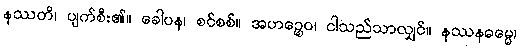
နဿတိ၊ ပျက်စီး၏။ ခေါပန၊ စင်စစ်။ အဟဉ္စေဝ၊ ငါသည်သာလျှင်။ နဿနဓမ္မေ၊